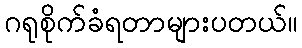
ဂရုစိုက်ခံရတာများပတယ်။